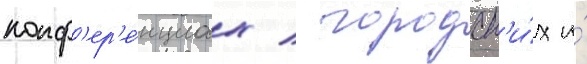
конф'ер'е́нциах / городск'и́х и́